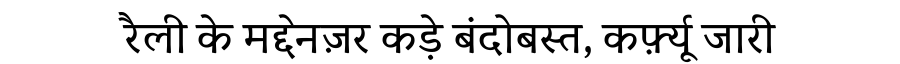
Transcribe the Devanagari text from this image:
रैली के मद्देनज़र कड़े बंदोबस्त, कर्फ़्यू जारी